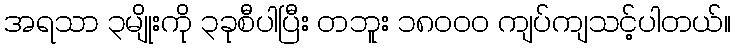
အရသာ ၃မျိုးကို ၃ခုစီပါပြီး တဘူး ၁၈၀၀၀ ကျပ်ကျသင့်ပါတယ်။